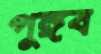
পুঙ্গব